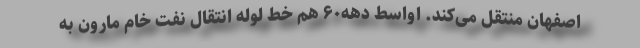
اصفهان منتقل می‌کند. اواسط دهه۶۰ هم خط لوله انتقال نفت خام مارون به